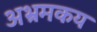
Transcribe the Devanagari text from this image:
अभ्रमकय